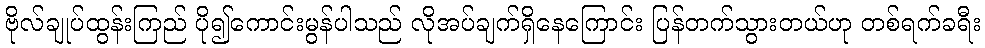
ဗိုလ်ချုပ်ထွန်းကြည် ပို၍ကောင်းမွန်ပါသည် လိုအပ်ချက်ရှိနေကြောင်း ပြန်တက်သွားတယ်ဟု တစ်ရက်ခရီး